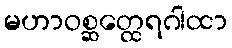
မဟာဝစ္ဆတ္ထေရဂါထာ